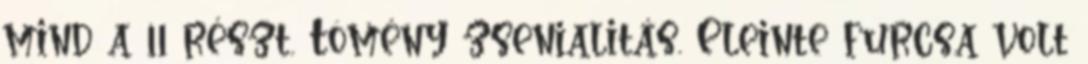
mind a 11 részt. Tömény zsenialitás. Eleinte furcsa volt